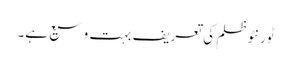
ٹورنٹو ظلم کی تعریف بہت وسیع ہے۔